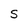
Character: S